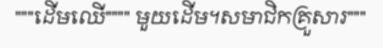
"""ដើមឈើ"""" មួយដើម។សមាជិកគ្រួសារ"""